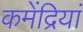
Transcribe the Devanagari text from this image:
कमेंद्रियां